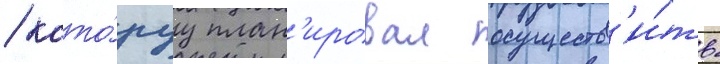
/ кото́руу план'ировал осуществ'и́ть